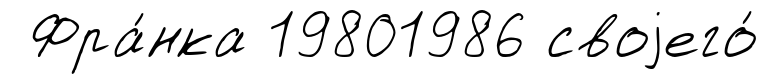
Фра́нка 19801986 своjего́